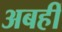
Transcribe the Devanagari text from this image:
अबहीं